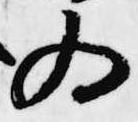
為